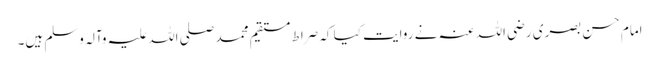
امام حسن بصری رضی اللہ عنہ نے روایت کیا کہ صراط مستقیم محمد صلی اللہ علیہ وآلہ وسلم ہیں۔